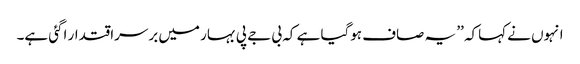
انہوں نے کہاکہ ’’ یہ صاف ہوگیا ہے کہ بی جے پی بہار میں برسراقتدار اگئی ہے۔